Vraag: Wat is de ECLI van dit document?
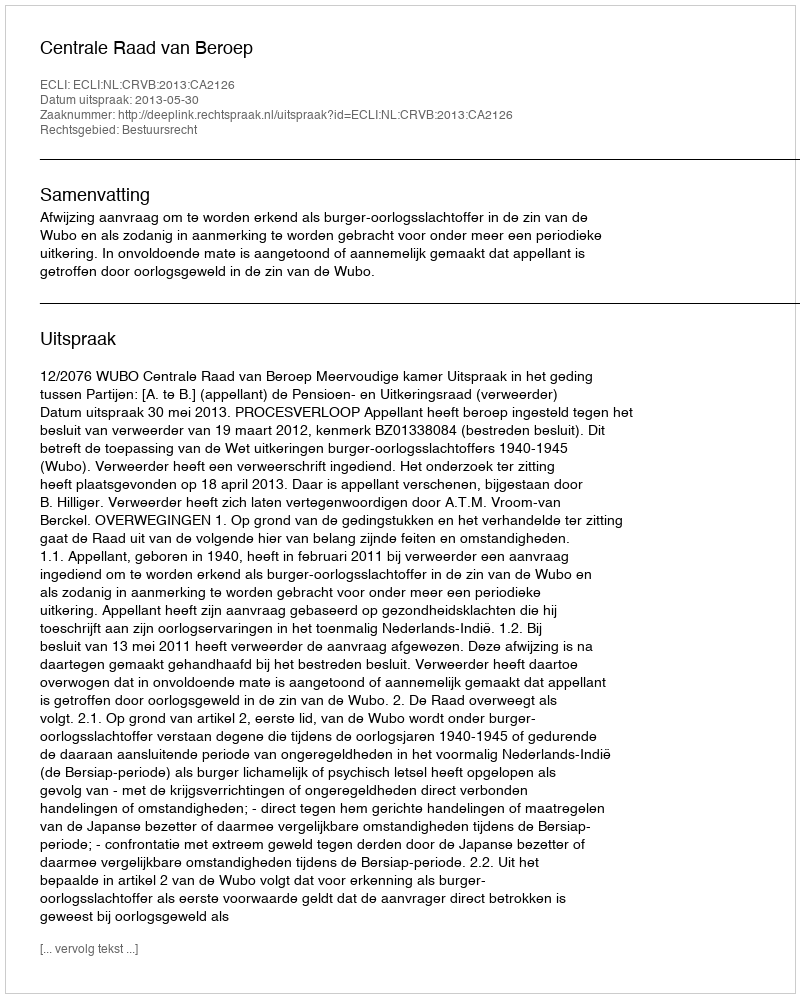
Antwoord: ECLI:NL:CRVB:2013:CA2126